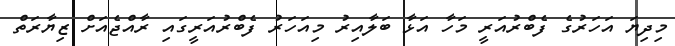
މިދިޔަ އަހަރުގެ ފެބްރުއަރީ މަހާ އަޅާ ބަލާއިރު މިއަހަރު ފެބްރުއަރީގައި ރާއްޖެއަށް ޒިޔާރަތް